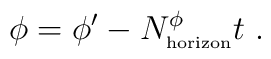
\phi =  \phi'-N^{\phi}_{\mbox{\tiny horizon}}t \ .